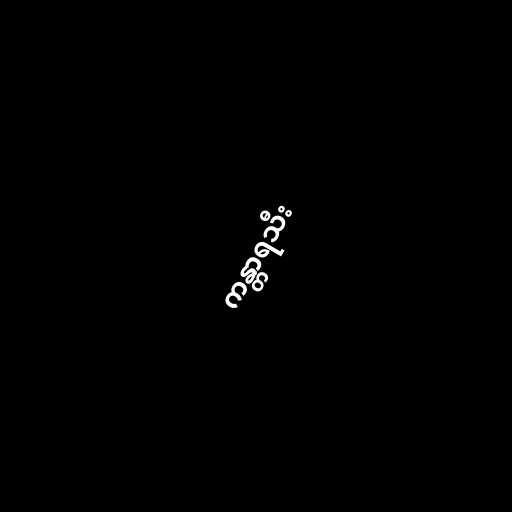
ကန္တာရသီး